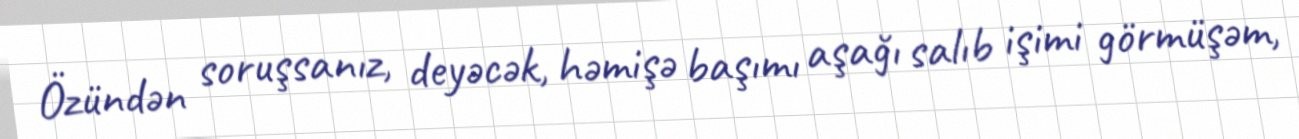
Özündən soruşsanız, deyəcək, həmişə başımı aşağı salıb işimi görmüşəm,